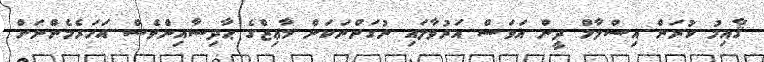
ޤާއިމު ކުރަން އިސްލާމް ދީން އަވަސް އަރުވާލައި ނުގަންނަކަން މާޢިޒްގެ ޙާދިސާއިންވެސް އަހަރެމެންނަށް